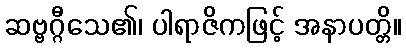
ဆဗ္ဗဂ္ဂီသေ၏၊ ပါရာဇိကဖြင့် အနာပတ္တိ။